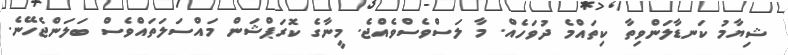
ޝިޔާމު ކަނޑާލަންވިތާ ކިތައްމެ ދުވަހެއް. މާ ލަސްވެސްވެއްޖެ. މީނާގެ ކޮރަޕްޝަން މައްސަލަތައްވެސް ބަލަންޖެހޭނެ.